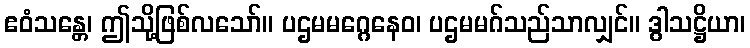
ဧဝံသန္တေ၊ ဤသို့ဖြစ်လသော်။ ပဌမမဂ္ဂေနေဝ၊ ပဌမမဂ်သည်သာလျှင်။ ဒွါသဋ္ဌိယာ၊